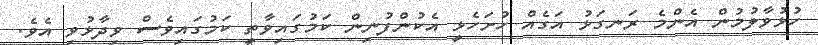
ހުޅުވާލުމުން އެންމެ ރަނގަޅު އަގެއް ހުށަހެޅީ އެކުންފުނިން ކަމުގައިވާތީ ކަމުގައިވެސް ވިދާޅުވި އެވެ.